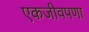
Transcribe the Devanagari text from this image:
एकजीवपणा